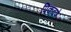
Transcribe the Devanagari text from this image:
पिकवणे